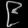
Digit: ၉